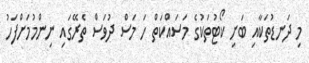
މި ދަނޑުތަކާއި ބަށި ކޯޓުތަކުގެ މަސައްކަތް ހަ މަސް ދުވަސް ތެރޭގައި ނިންމުމަށްފަހު